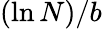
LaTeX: (\ln{N})/b